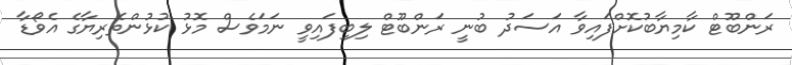
ރަންބޫޓް ކާމިޔާބުކޮށްފައިވާ އަސަދު ބުނީ ރަންބޫޓް ލިބިފައިވީ ނަމަވެސް މޮޅު ކުޅުންތެރިޔާގެ އެވޯޑާ